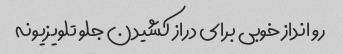
رو انداز خوبی برای دراز کشیدن جلو تلویزیونه